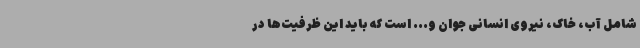
شامل آب، خاک، نیروی انسانی جوان و... است که باید این ظرفیت‌ها در